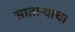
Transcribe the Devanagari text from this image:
साताऱ्याचा